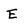
Character: E